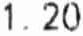
1.20